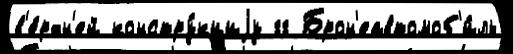
в'е́рхн'ей констру́кциjу гг Брон'еавтомоб'и́ль